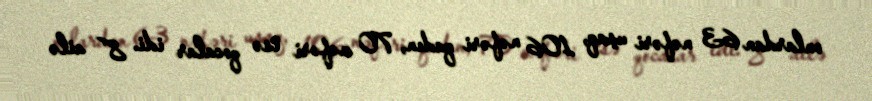
onlardan 63 nəfəri uşaq, 106 nəfəri qadın, 70 nəfəri isə qocalar idi. 8 ailə